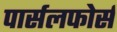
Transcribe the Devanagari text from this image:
पार्सलफोर्स